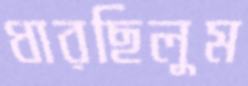
ধারছিলুম